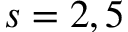
s = 2 , 5